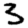
Digit: 3